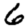
Digit: 6